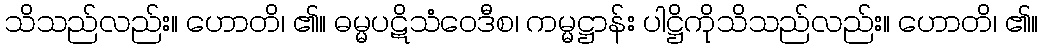
သိသည်လည်း။ ဟောတိ၊ ၏။ ဓမ္မပဋိသံဝေဒီစ၊ ကမ္မဋ္ဌာန်း ပါဋ္ဌိကိုသိသည်လည်း။ ဟောတိ၊ ၏။